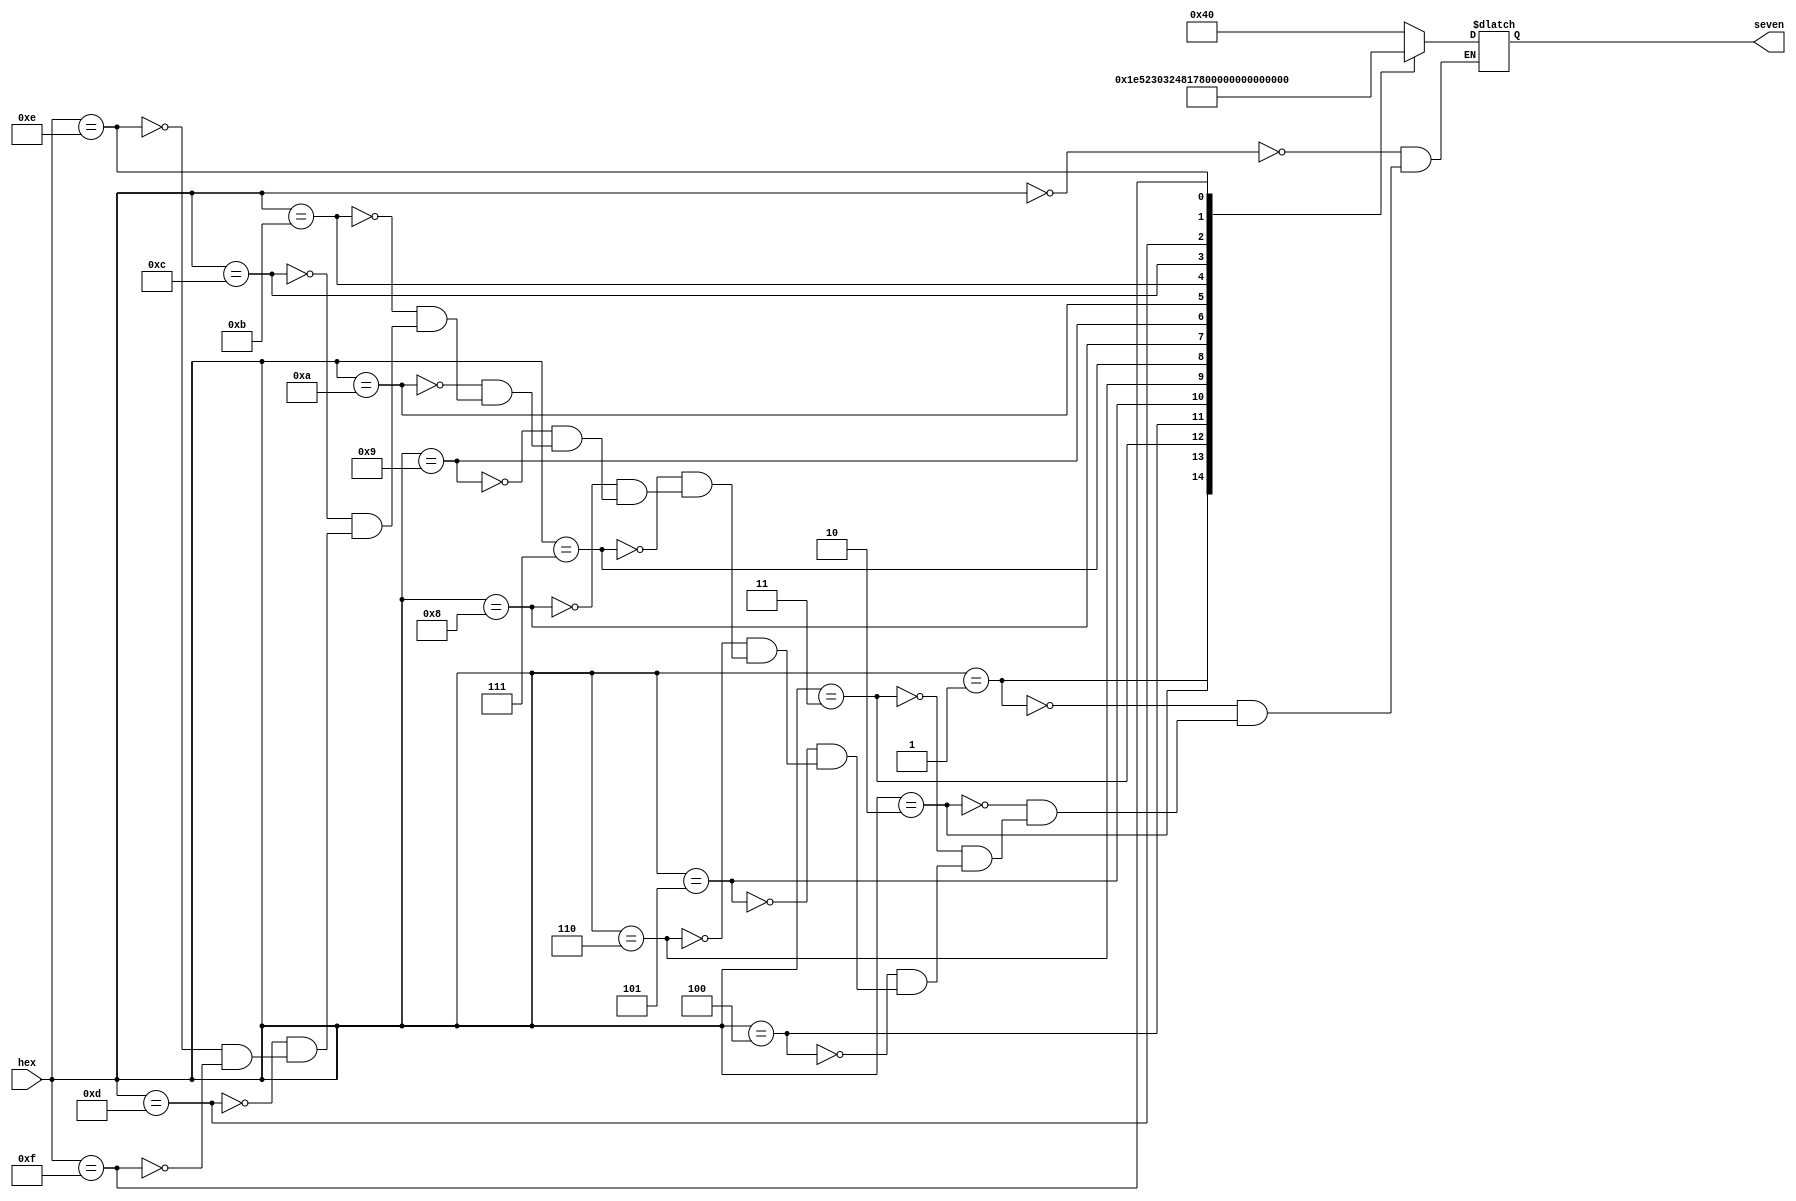
module hex_seven(hex, seven);
	input [4:0] hex;
	output [6:0] seven;
	
	reg [6:0] seven;
	
	always @(hex)
	begin
		case (hex)
			5'b00000 : seven = 7'b1000000;	//0
			5'b00001 : seven = 7'b1111001;	//1
			5'b00010 : seven = 7'b0100100;	//2
			5'b00011 : seven = 7'b0110000;	//3
			5'b00100 : seven = 7'b0011001;	//4
			5'b00101 : seven = 7'b0010010;	//5
			5'b00110 : seven = 7'b0000010;	//6
			5'b00111 : seven = 7'b1111000;	//7
			5'b01000 : seven = 7'b0000000;	//8
			5'b01001 : seven = 7'b0011000;	//9
			5'b01010 : seven = 7'b0001000;	//A
			5'b01011 : seven = 7'b0000011;	//b
			5'b01100 : seven = 7'b1000110;	//C
			5'b01101 : seven = 7'b0100001;	//d
			5'b01110 : seven = 7'b0000110;	//E
			5'b01111 : seven = 7'b0001110;	//F
			
		endcase
	end
	
endmodule